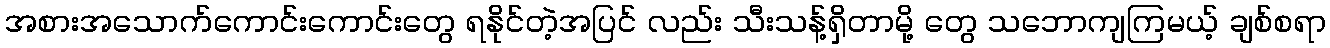
အစားအသောက်ကောင်းကောင်းတွေ ရနိုင်တဲ့အပြင် လည်း သီးသန့်ရှိတာမို့ တွေ သဘောကျကြမယ့် ချစ်စရာ